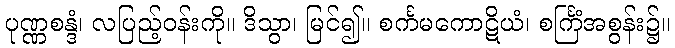
ပုဏ္ဏစန္ဒံ၊ လပြည့်ဝန်းကို။ ဒိသွာ၊ မြင်၍။ စင်္ကမကောဋိယံ၊ စင်္ကြံအစွန်း၌။